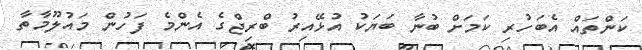
ކަންތައް އެބަހުރި ކަމަށް ބުނާ ބަޔަކު އުޅޭއިރު ބްރިޖްގެ އެންމެ ފަހުން މައުލޫމާތާ